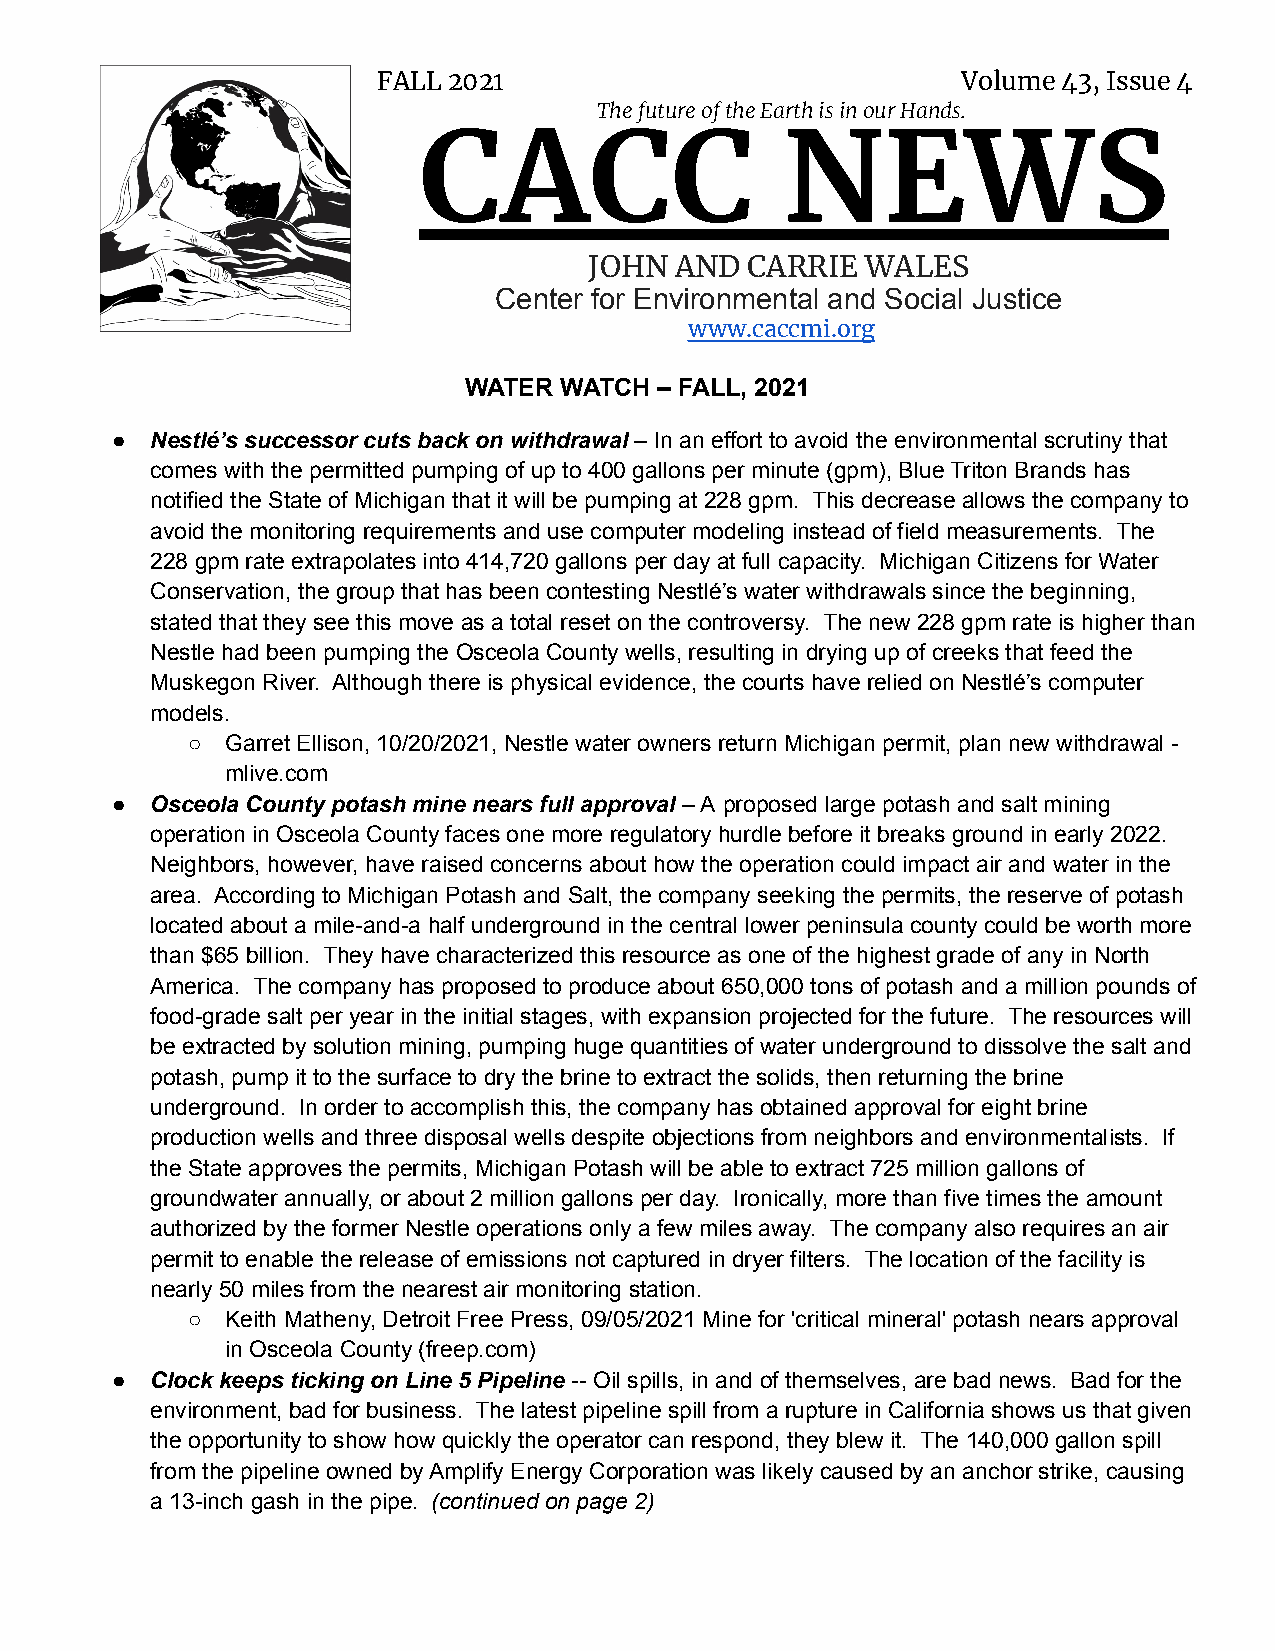
FALL 2021                              Volume 43, Issue 4
 The future of the Earth is in our Hands.
 CACC                    NEWS
 JOHN  AND CARRIE  WALES
 Center for Environmental and Social Justice
 www.caccmi.org
 WATER WATCH  – FALL, 2021
 ●  Nestlé’s successor cuts back on withdrawal – In an effort to avoid the environmental scrutiny that
 comes with the permitted pumping of up to 400 gallons per minute (gpm), Blue Triton Brands has
 notified the State of Michigan that it will be pumping at 228 gpm. This decrease allows the company to
 avoid the monitoring requirements and use computer modeling instead of field measurements. The
 228 gpm rate extrapolates into 414,720 gallons per day at full capacity. Michigan Citizens for Water
 Conservation, the group that has been contesting Nestlé’s water withdrawals since the beginning,
 stated that they see this move as a total reset on the controversy. The new 228 gpm rate is higher than
 Nestle had been pumping the Osceola County wells, resulting in drying up of creeks that feed the
 Muskegon River. Although there is physical evidence, the courts have relied on Nestlé’s computer
 models.
 ○  Garret Ellison, 10/20/2021, Nestle water owners return Michigan permit, plan new withdrawal -
 mlive.com
 ●  Osceola County potash mine nears full approval – A proposed large potash and salt mining
 operation in Osceola County faces one more regulatory hurdle before it breaks ground in early 2022.
 Neighbors, however, have raised concerns about how the operation could impact air and water in the
 area. According to Michigan Potash and Salt, the company seeking the permits, the reserve of potash
 located about a mile-and-a half underground in the central lower peninsula county could be worth more
 than $65 billion. They have characterized this resource as one of the highest grade of any in North
 America. The company has proposed to produce about 650,000 tons of potash and a million pounds of
 food-grade salt per year in the initial stages, with expansion projected for the future. The resources will
 be extracted by solution mining, pumping huge quantities of water underground to dissolve the salt and
 potash, pump it to the surface to dry the brine to extract the solids, then returning the brine
 underground. In order to accomplish this, the company has obtained approval for eight brine
 production wells and three disposal wells despite objections from neighbors and environmentalists. If
 the State approves the permits, Michigan Potash will be able to extract 725 million gallons of
 groundwater annually, or about 2 million gallons per day. Ironically, more than five times the amount
 authorized by the former Nestle operations only a few miles away. The company also requires an air
 permit to enable the release of emissions not captured in dryer filters. The location of the facility is
 nearly 50 miles from the nearest air monitoring station.
 ○  Keith Matheny, Detroit Free Press, 09/05/2021 Mine for 'critical mineral' potash nears approval
 in Osceola County (freep.com)
 ●  Clock keeps ticking on Line 5 Pipeline -- Oil spills, in and of themselves, are bad news. Bad for the
 environment, bad for business. The latest pipeline spill from a rupture in California shows us that given
 the opportunity to show how quickly the operator can respond, they blew it. The 140,000 gallon spill
 from the pipeline owned by Amplify Energy Corporation was likely caused by an anchor strike, causing
 a 13-inch gash in the pipe. (continued on page 2)